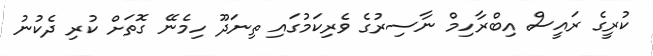
ކުރީގެ ރައީސް އިބްރާހިމް ނާސިރުގެ ވެރިކަމުގައި ތިނަދޫ ހިމެނޭ ގޮތަށް ކުރި ދެކުނު